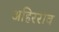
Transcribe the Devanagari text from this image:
अहिरराव